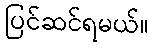
ပြင်ဆင်ရမယ်။